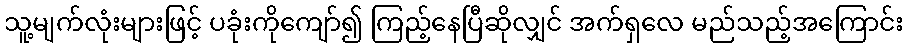
သူ့မျက်လုံးများဖြင့် ပခုံးကိုကျော်၍ ကြည့်နေပြီဆိုလျှင် အက်ရှလေ မည်သည့်အကြောင်း